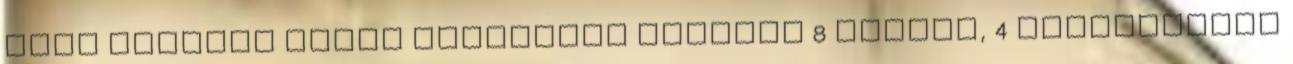
Papp Klaudia ismét hasznosan játszva 8 pontig, 4 lepattanóig